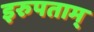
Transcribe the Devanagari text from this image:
इरुपताम्